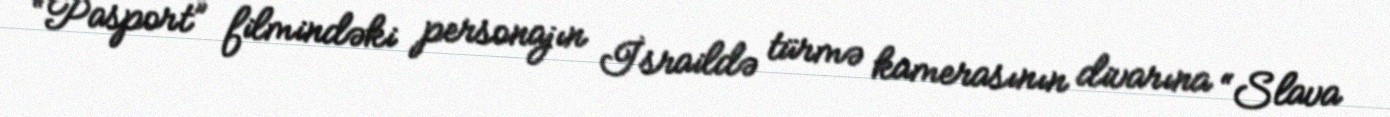
“Pasport” filmindəki personajın İsraildə türmə kamerasının divarına “Slava